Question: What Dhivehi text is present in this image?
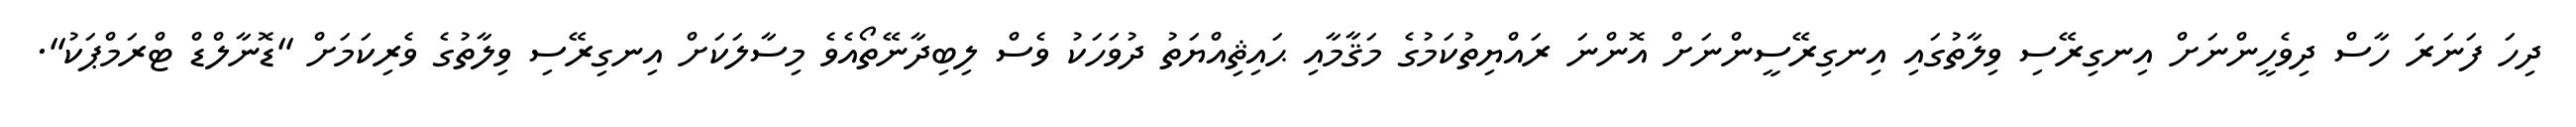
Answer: ދިހަ ފަނަރަ ހާސް ދިވެހީންނަށް އިނގިރޭސި ވިލާތުގައި އިނގިރޭސީންނަށް އޮންނަ ރައްޔިތުކަމުގެ މަޤާމާއި ޙައިޘިއްޔަތު ދުވަހަކު ވެސް ލިބިދާނޭތޯއެވެ މިސާލަކަށް އިނގިރޭސި ވިލާތުގެ ވެރިކަމަށް "ޑޮނާލްޑް ޓްރަމްޕަކު".